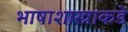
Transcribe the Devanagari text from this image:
भाषाशास्त्राकडे